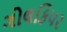
ગોલકિપર